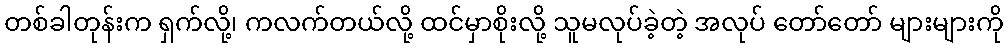
တစ်ခါတုန်းက ရှက်လို့၊ ကလက်တယ်လို့ ထင်မှာစိုးလို့ သူမလုပ်ခဲ့တဲ့ အလုပ် တော်တော် များများကို